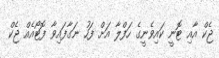
ޖެކް އާއި ޓޮނީ ކައިވެނީގެ ހަފްލާ އަށް ފަހު ނަގާފައިވާ ފޮޓޯއެއް ޖެކް